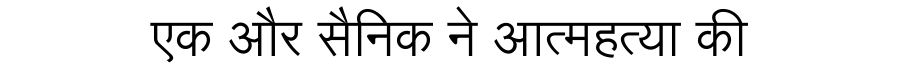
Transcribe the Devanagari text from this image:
एक और सैनिक ने आत्महत्या की